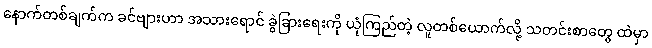
နောက်တစ်ချက်က ခင်ဗျားဟာ အသားရောင် ခွဲခြားရေးကို ယုံကြည်တဲ့ လူတစ်ယောက်လို့ သတင်းစာတွေ ထဲမှာ